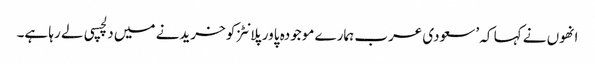
انھوں نے کہا کہ ’سعودی عرب ہمارے موجودہ پاور پلانٹز کو خریدنے میں دلچسپی لے رہا ہے۔